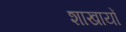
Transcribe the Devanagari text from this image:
शाखायों